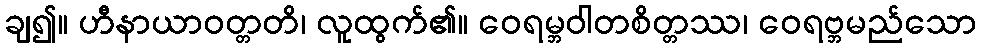
ချ၍။ ဟီနာယာဝတ္တတိ၊ လူထွက်၏။ ဝေရမ္ဘဝါတစိတ္တဿ၊ ဝေရဗ္ဘမည်သော